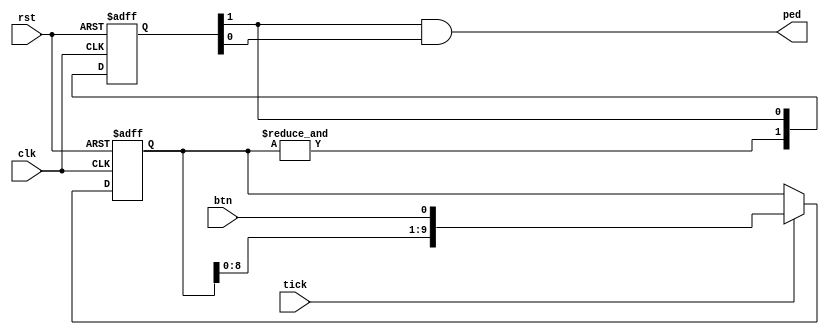
`timescale 1ns / 1ps
/*
    Trevor Scott   
* Filename: Design file  
* Version: 1.3 
*/

module debounce(clk, rst, btn, tick, ped);
input clk;
input rst;
input btn;
input tick;
output ped;
//shift reg from all consecutives 1 in a row of 10
reg [9:0] shiftreg, nshisftreg;
wire db;
reg  [1:0] pedq, npedq;
wire ped;

always@(posedge clk, posedge rst)
    if(rst) {shiftreg,pedq} <= {10'b0, 2'b0};
    else {shiftreg,pedq} <= {nshisftreg,npedq};
    
always@(*)
    if(tick) nshisftreg = {shiftreg[8:0], btn};
    else nshisftreg = shiftreg;
assign db = &shiftreg;

always@(*)
    npedq = {db,pedq[1]};
    
assign ped = pedq[1] & pedq[0];
       
endmodule